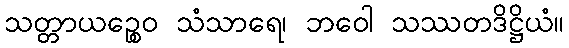
သတ္တာယဉ္စေဝ သံသာရေ၊ ဘဝေါ သဿတဒိဋ္ဌိယံ။